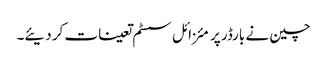
چین نے بارڈر پر مئزائل سسٹم تعینات کر دیئے۔